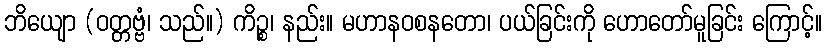
ဘိယျော (ဝတ္တဗ္ဗံ၊ သည်။) ကိဉ္စ၊ နည်း။ မဟာနဝစနတော၊ ပယ်ခြင်းကို ဟောတော်မူခြင်း ကြောင့်။